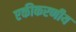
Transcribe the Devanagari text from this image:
एकीकरणीय